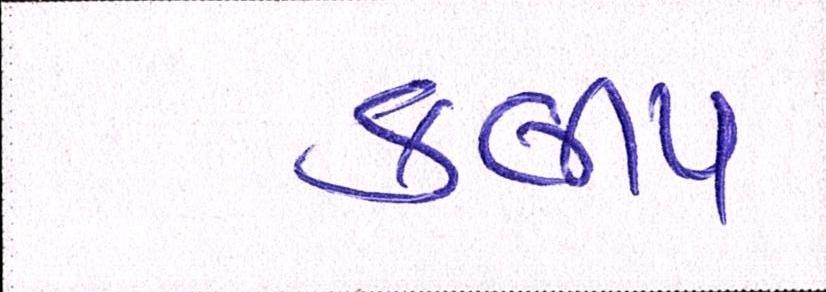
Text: કલીપ